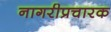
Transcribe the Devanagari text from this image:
नागरीप्रचारक